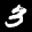
Label: 3